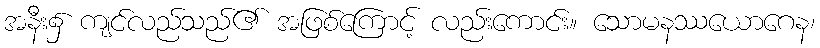
အနီး၌ ကျင်လည်သည်၏ အဖြစ်ကြောင့် လည်းကောင်း။ သောမနဿယောဂေန၊